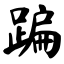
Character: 蹁